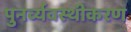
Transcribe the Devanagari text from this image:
पुनर्व्यवस्थीकरण